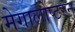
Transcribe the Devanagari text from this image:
मेगालोप्टरन